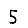
Digit: 5